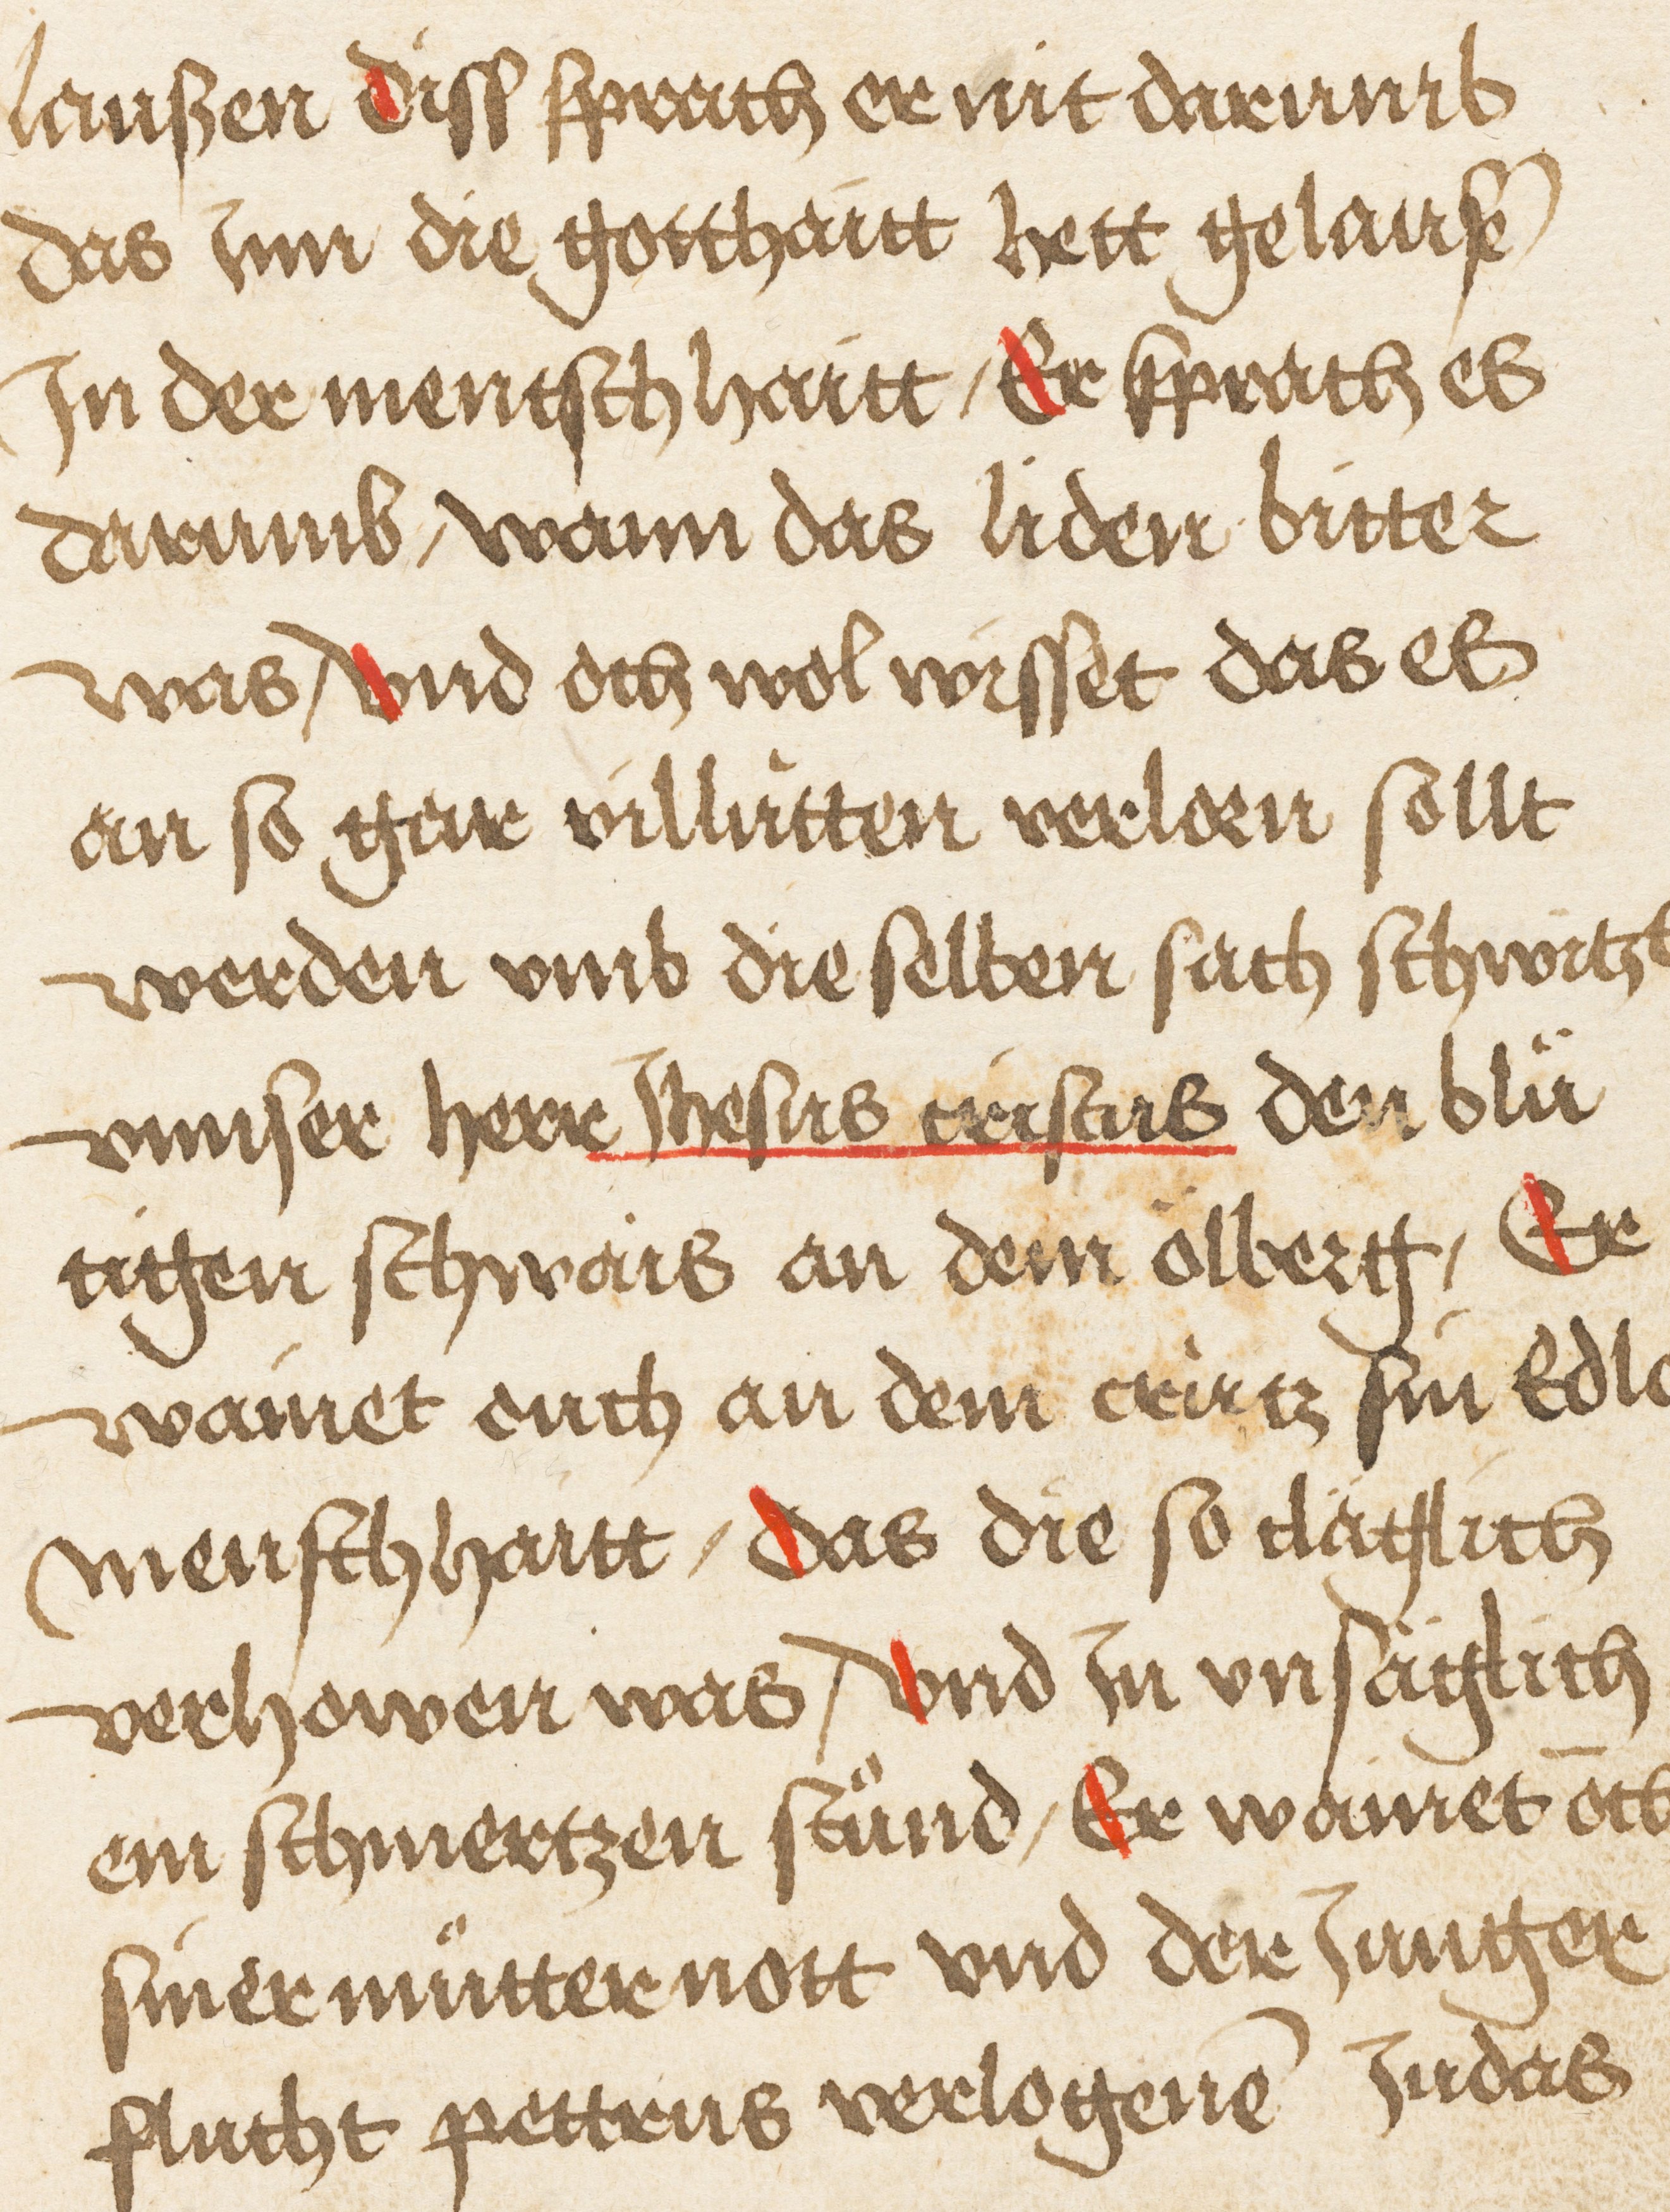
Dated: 1495–1495